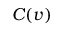
C ( v )